Lunatic asylums Madras 1892-1911 - 1892-1911
Year: 1892
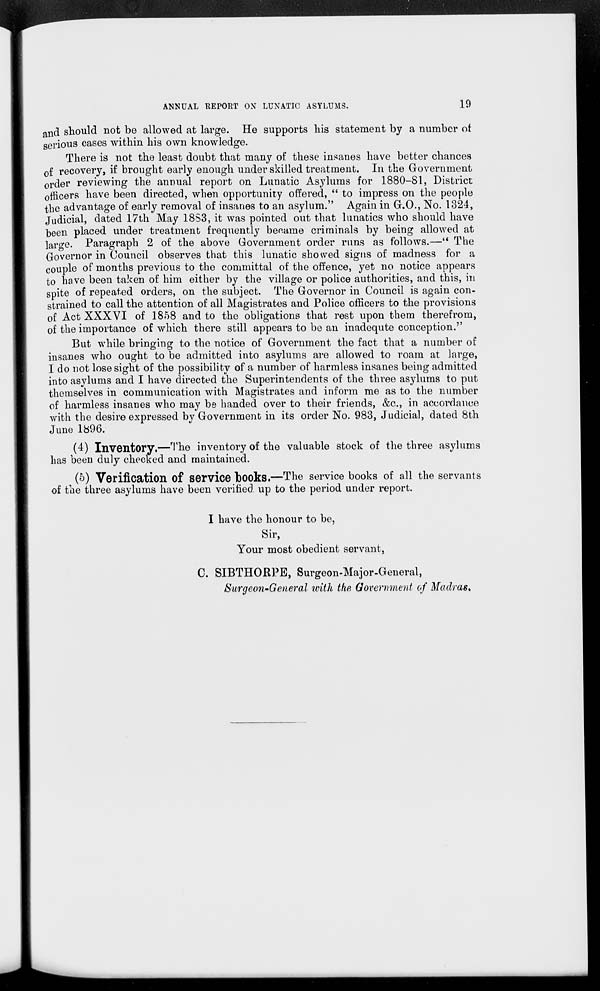
ANNUAL REPORT ON LUNATIC ASYLUMS.
19
a nd should not be allowed at large. He supports his statement by a number ot
serious cases within his own knowledge.
There is not the least doubt that many of these insanes have better chances
of recovery, if brought early enough under skilled treatment. In the Government
order reviewing the annual report on Lunatic Asylums for 1880-81, District
officers have been directed, when opportunity offered, " to impress on the people
the advantage of early removal of insanes to an asylum." Again in G.O., No. 1324,
Judicial, dated 17th May 1853, it was pointed out that lunatics who should have
been placed under treatment frequently became criminals by being allowed at
large. Paragraph 2 of the above Government order runs as follows.—" The
Governor in Council observes that this lunatic showed signs of madness for a
couple of months previous to the committal of the offence, yet no notice appears
to have been taken of him either by the village or police authorities, and this, in
spite of repeated orders, on the subject. The Governor in Council is again con-
strained to call the attention of all Magistrates and Police officers to the provisions
of Act XXXVI of 1858 and to the obligations that rest upon them therefrom,
of the importance of which there still appears to be an inadequte conception."
But while bringing to the notice of Government the fact that a number of
insanes who ought to be admitted into asylums are allowed to roam at large,
I do not lose sight of the possibility of a number of harmless insanes being admitted
into asylums and I have directed the Superintendents of the three asylums to put
themselves in communication with Magistrates and inform me as to the number
of harmless insanes who may bs handed over to their friends, &c, in accordance
with the desire expressed by Government in its order No. 983, Judicial, dated 8th
June 1896.
(4) Inventory.—The inventory of the valuable stock of the three asylums
has been duly checked and maintained.
(5) Verification of service books.—The service books of all the servants
of the three asylums have been verified up to the period under report.
I have the honour to be,
Sir,
Your most obedient servant,
C. SIBTHORPE, Surgeon-Major-General,
Surgeon-General with the Government of Madras,